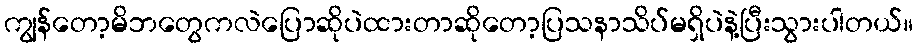
ကျွန်တော့မိဘတွေကလဲပြောဆိုပဲထားတာဆိုတော့ပြသနာသိပ်မရှိပဲနဲ့ပြီးသွားပါတယ်။